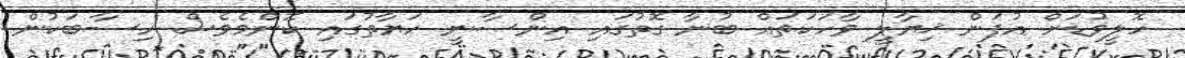
ހޮލީވުޑަށް އުފަން ޚިޔާލީ ވާހަކަތައް ބުނާ ގޮތުގައި އިންސާނީ ހަޔާތުގައި ކޮންމެވެސް ހިސާބަކުން